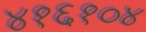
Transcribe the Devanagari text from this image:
४१६१०४